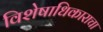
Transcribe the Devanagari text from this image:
विशेषाधिकाराचा